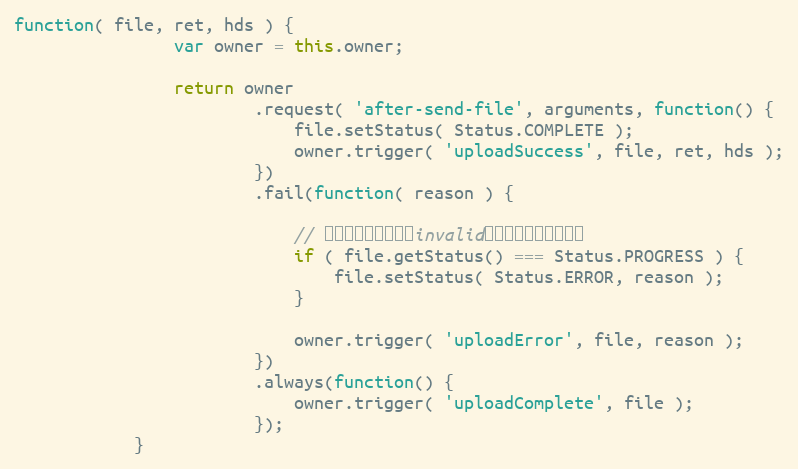
Language: JavaScript
function( file, ret, hds ) {
                var owner = this.owner;

                return owner
                        .request( 'after-send-file', arguments, function() {
                            file.setStatus( Status.COMPLETE );
                            owner.trigger( 'uploadSuccess', file, ret, hds );
                        })
                        .fail(function( reason ) {

                            // 如果外部已经标记为invalid什么的，不再改状态。
                            if ( file.getStatus() === Status.PROGRESS ) {
                                file.setStatus( Status.ERROR, reason );
                            }

                            owner.trigger( 'uploadError', file, reason );
                        })
                        .always(function() {
                            owner.trigger( 'uploadComplete', file );
                        });
            }